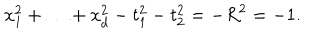
LaTeX: x _ { 1 } ^ { 2 } + \ldots + x _ { d } ^ { 2 } - t _ { 1 } ^ { 2 } - t _ { 2 } ^ { 2 } = - R ^ { 2 } = - 1 .